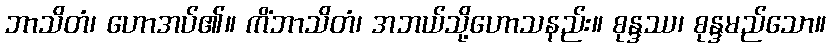
ဘာသိတံ၊ ဟောအပ်၏။ ကိံဘာသိတံ၊ အဘယ်သို့ဟောသနည်း။ စုန္ဒဿ၊ စုန္ဒမည်သော။